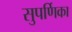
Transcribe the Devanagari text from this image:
सुपर्णिका